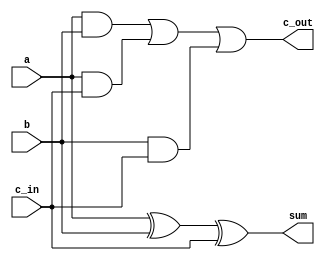
// define 1-bit full adder
module fulladd(sum, c_out, a, b, c_in);

// I/O declaration, wire type by default
output sum, c_out;
input a, b, c_in;

assign sum = a ^ b ^ c_in;
assign c_out = (a & b) | (a & c_in) | (b & c_in);

initial
begin
        $display("--------------Using dataflow model-----------------\n");
end

endmodule